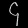
Digit: ၄